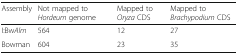
| Assembly | Not mapped to Hordeum genome | Mapped to Oryza CDS | Mapped to Brachypodium CDS |
 | --- | --- | --- | --- |
 | I:BwAlm | 564 | 12 | 27 |
 | Bowman | 604 | 23 | 35 |